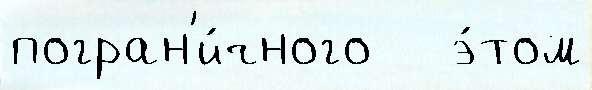
погран'и́чного   э́том